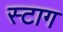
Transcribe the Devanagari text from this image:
स्टाग